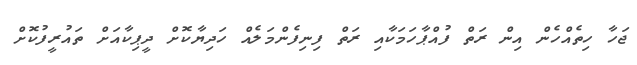
ޖަހާ ހިތެއްހެން އިން ރަތް ފުއްޕާހަމަކާއި ރަތް ފިނިފެންމަލެއް ހަދިޔާކޮށް ދީޕިކާއަށް ތައުރީފުކޮށް